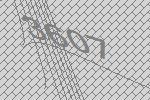
3607